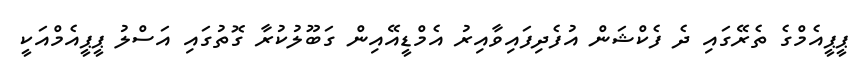
ޕީޕީއެމްގެ ތެރޭގައި ދެ ފެކްޝަން އުފެދިފައިވާއިރު އެމްޑީއޭއިން ގަބޫލުކުރާ ގޮތުގައި އަސްލު ޕީޕީއެމްއަކީ